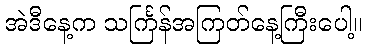
အဲဒီနေ့က သင်္ကြန်အကြတ်နေ့ကြီးပေါ့။